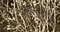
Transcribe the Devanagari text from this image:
अमानुषीषु